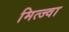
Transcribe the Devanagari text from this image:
मित्ज्वा